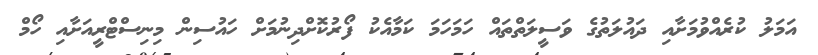
އަމަލު ކުރެއްވުމަށާއި ދައުލަތުގެ ވަސީލަތްތައް ހަމަހަމަ ކަމާއެކު ފޯރުކޮށްދިނުމަށް ހައުސިން މިނިސްޓްރީއަށާއި ހޯމް